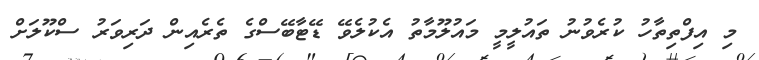
މި އިފްތިތާހު ކުރެވުނު ތައުލީމީ މައުލޫމާތު އެކުލެވޭ ޑޭޓާބޭސްގެ ތެރެއިން ދަރިވަރު ސްކޫލަށް